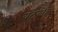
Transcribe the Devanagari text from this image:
वठली